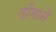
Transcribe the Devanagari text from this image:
तोंगाने